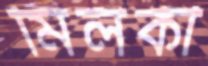
মিলকী